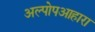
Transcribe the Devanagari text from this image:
अल्पोपआहारा